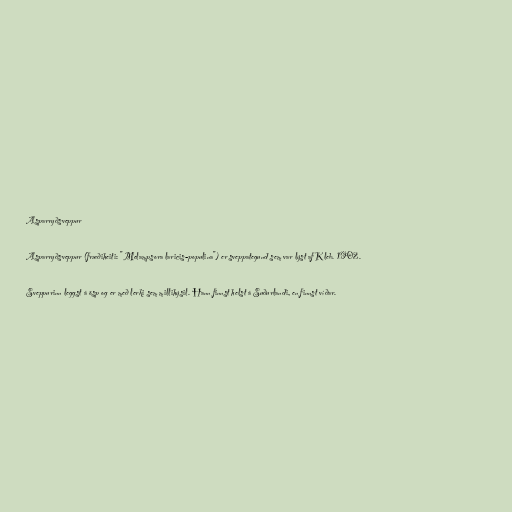
Asparryðsveppur

Asparryðsveppur (fræðiheiti: "Melampsora laricis-populina") er sveppategund sem var lýst af Kleb. 1902.

Sveppurinn leggst á ösp og er með lerki sem millihýsil. Hann finnst helst á Suðurlandi, en finnst víðar.